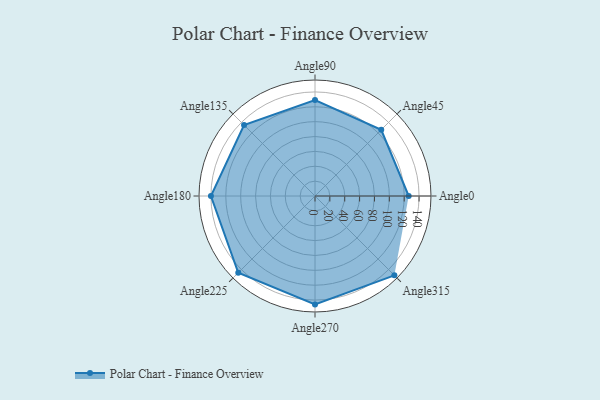
{"axis": {"x": "Angle", "y": "Radius"}, "legend": [""], "data": [{"x": "Angle0", "y": 126.0, "type": ""}, {"x": "Angle45", "y": 126.0, "type": ""}, {"x": "Angle90", "y": 129.0, "type": ""}, {"x": "Angle135", "y": 135.0, "type": ""}, {"x": "Angle180", "y": 140.0, "type": ""}, {"x": "Angle225", "y": 146.0, "type": ""}, {"x": "Angle270", "y": 146.0, "type": ""}, {"x": "Angle315", "y": 151.0, "type": ""}]}